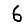
Digit: 6